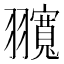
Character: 𦒨